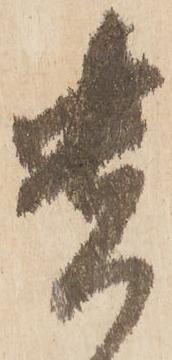
貴